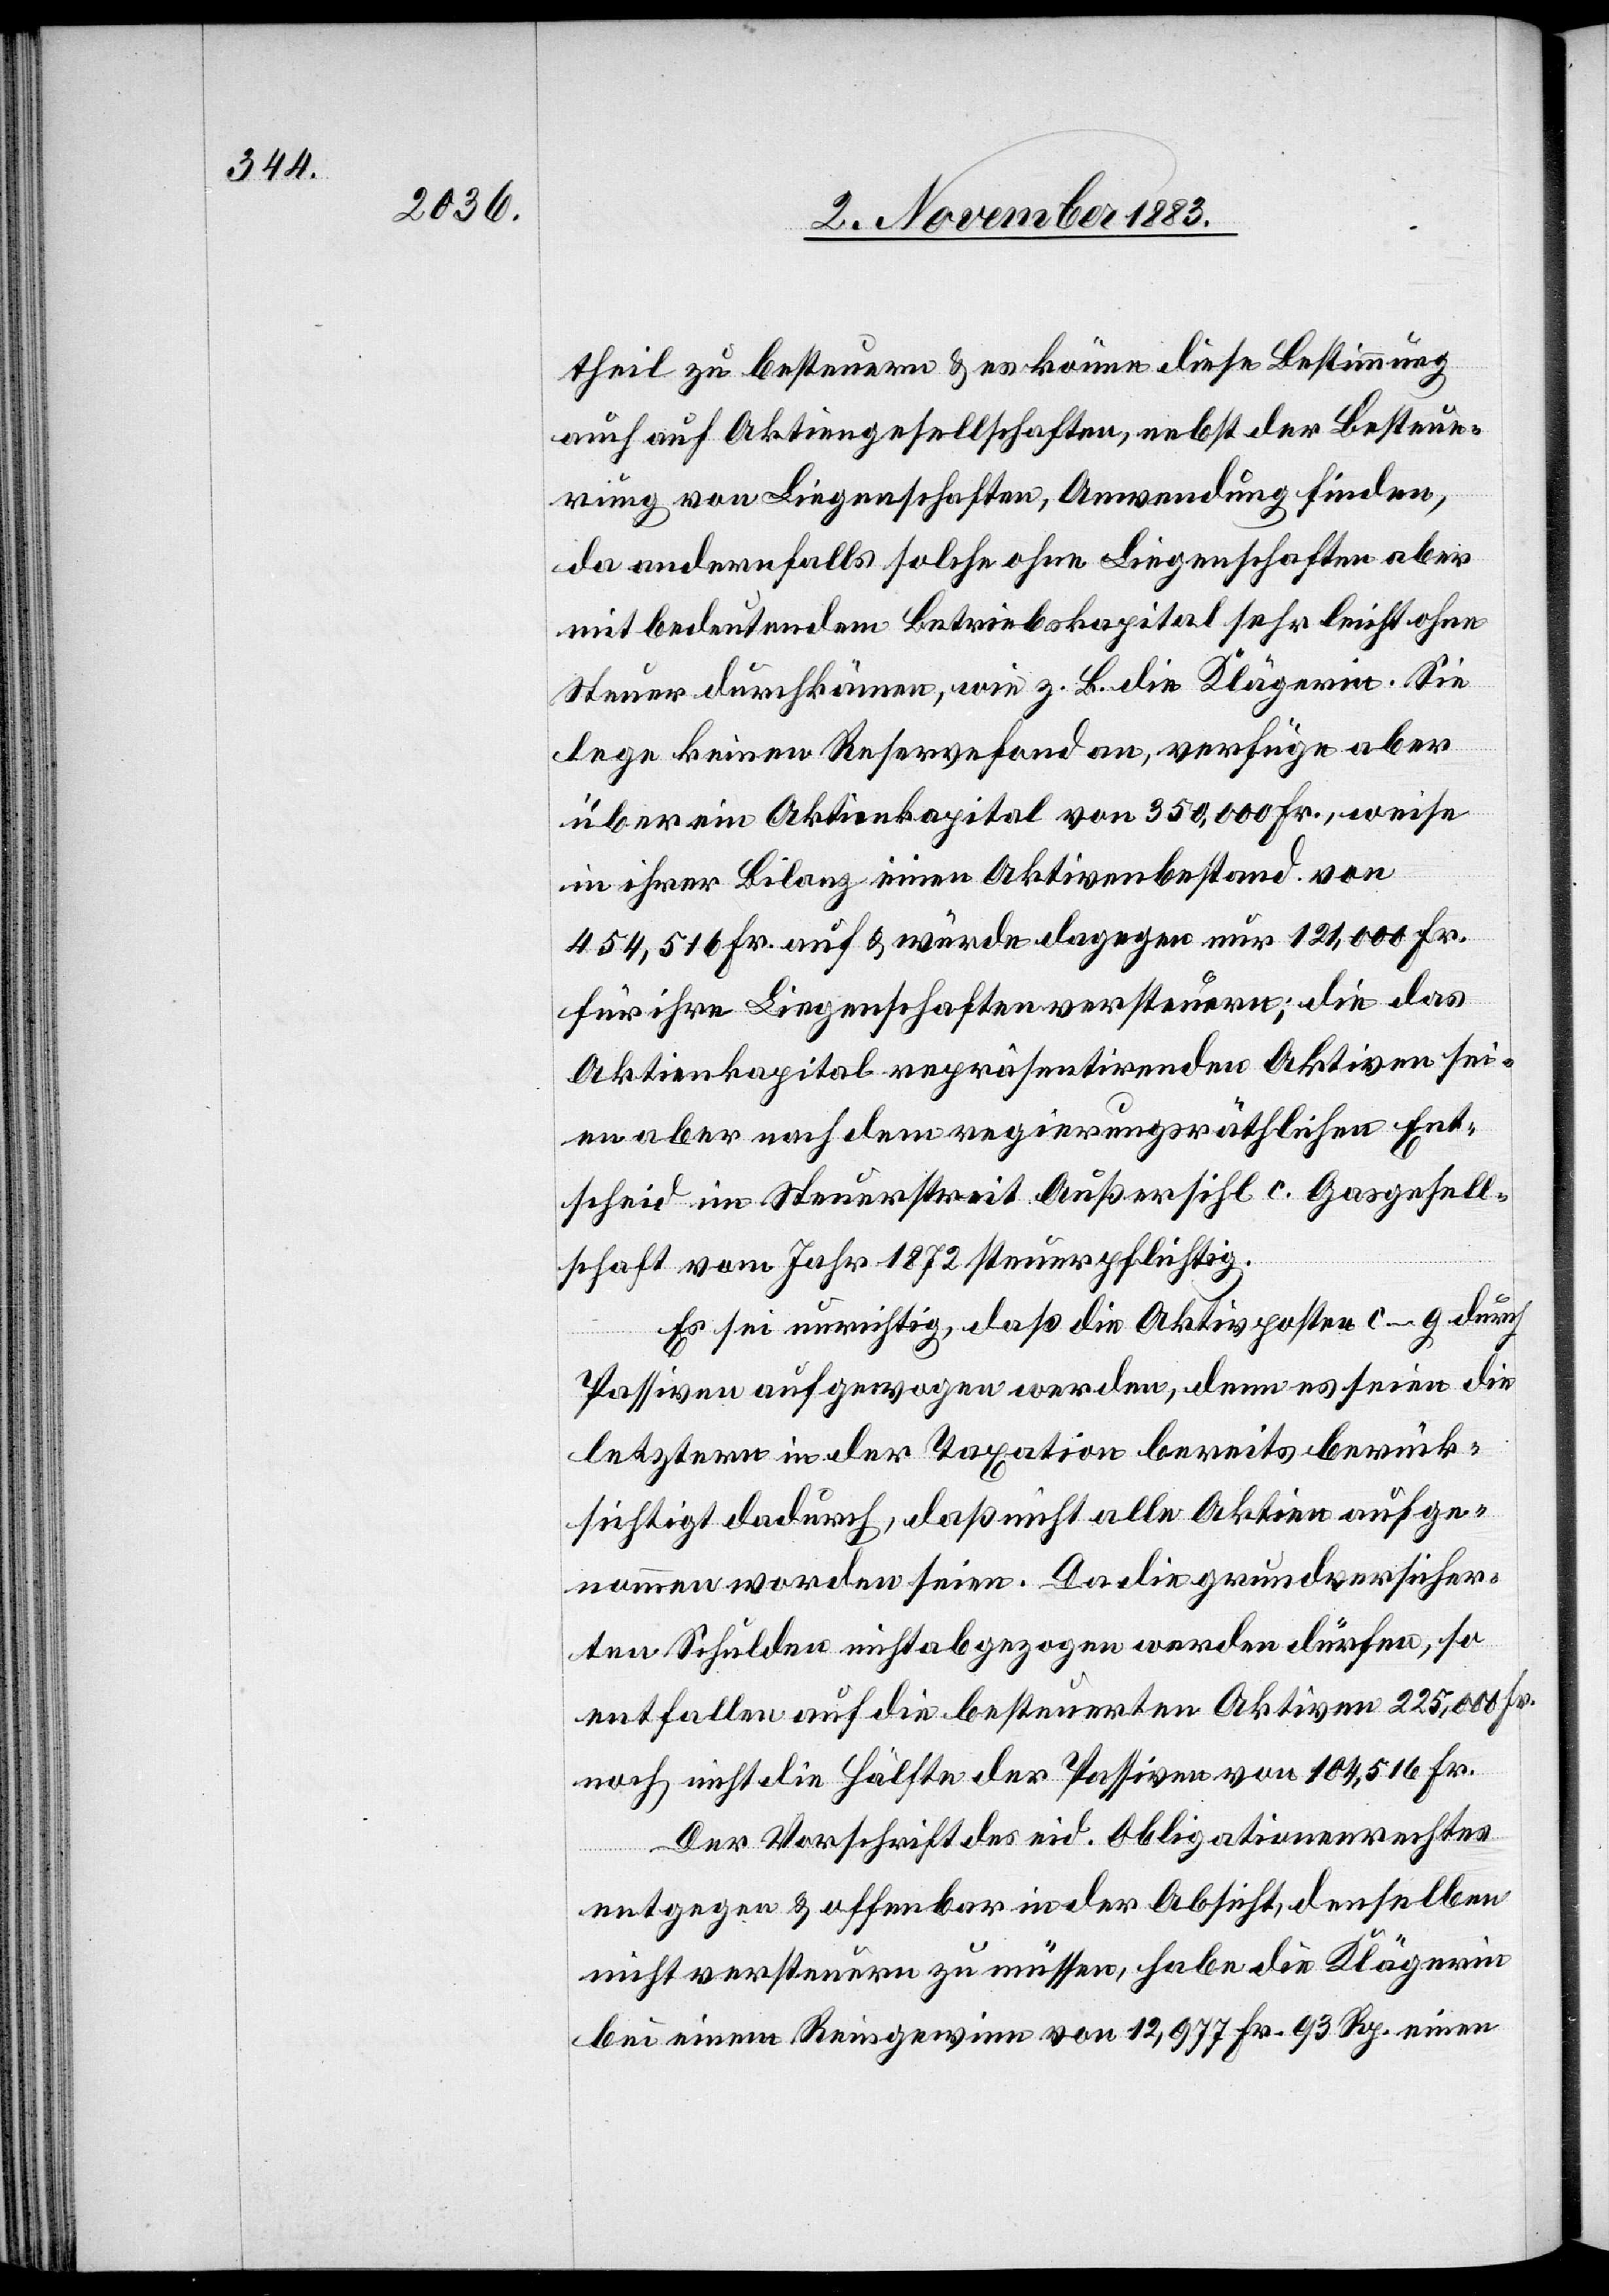
theil zu besteuern & es könne diese Bestimmung
auch auf Aktiengesellschaften, nebst der Besteue¬
rung von Liegenschaften, Anwendung finden,
da andernfalls solche ohne Liegenschaften aber
mit bedeutendem Betriebskapital sehr leicht ohne
Steuer durchkämen, wie z. B. die Klägerin. Sie
lege keinen Reservefond an, verfüge aber
über ein Aktienkapital von 350,000 Fr., weise
in ihrer Bilanz einen Aktivenbestand von
454,516 Fr. auf & würde dagegen nur 121,000 Fr.
für ihre Liegenschaften versteuern; die das
Aktienkapital repräsentirenden Aktiven sei¬
en aber nach dem regierungsräthlichen Ent¬
scheid im Steuerstreit Außersihl c. Gasgesell¬
schaft vom Jahr 1872 steuerpflichtig.
Es sei unrichtig, daß die Aktivposten c–g durch
Passiven aufgewogen werden, denn es seien die
letztern in der Taxation bereits berück¬
sichtigt dadurch, daß nicht alle Aktien aufge¬
nommen worden seien. Da die grundversicher¬
ten Schulden nicht abgezogen werden dürfen, so
entfallen auf die besteuerten Aktiven 225,000 F.
noch nicht die Hälfte der Passiven von 104,516 Fr.
Der Vorschrift des eid. Obligationenrechtes
entgegen & offenbar in der Absicht, denselben
nicht versteuern zu müssen, habe die Klägerin
bei einem Reingewinne von 12,977 Fr. 93 Rp. einen